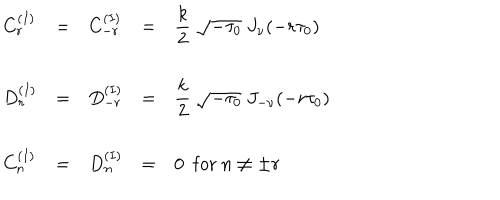
\begin{array} { l c l c l } { { C _ { r } ^ { ( I ) } } } & { { = } } & { { C _ { - r } ^ { ( I ) } } } & { { = } } & { { { \displaystyle \frac { k } { 2 } ~ \sqrt { - \tau _ { 0 } } { } ~ J _ { \nu } ( - r \tau _ { 0 } ) } } } \\ { { } } & { { } } & { { } } & { { } } & { { } } \\ { { D _ { r } ^ { ( I ) } } } & { { = } } & { { D _ { - r } ^ { ( I ) } } } & { { = } } & { { { \displaystyle \frac { k } { 2 } ~ \sqrt { - \tau _ { 0 } } { } ~ J _ { - \nu } ( - r \tau _ { 0 } ) } } } \\ { { } } & { { } } & { { } } & { { } } & { { } } \\ { { C _ { n } ^ { ( I ) } } } & { { = } } & { { D _ { n } ^ { ( I ) } } } & { { = } } & { { 0 ~ ~ \mathrm { f o r } ~ n \neq \pm r } } \\ \end{array}